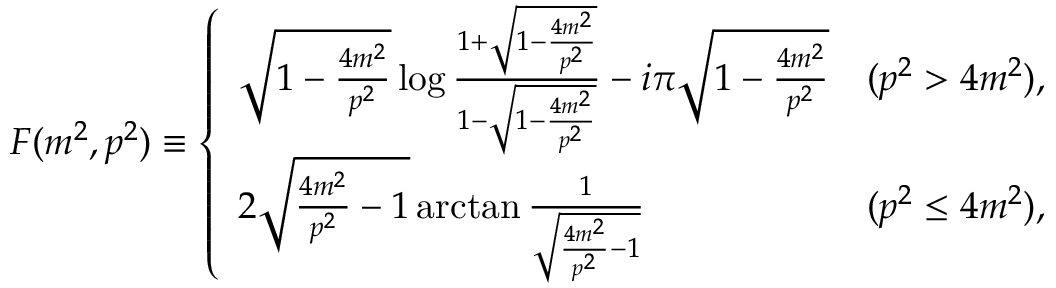
F ( m ^ { 2 } , p ^ { 2 } ) \equiv \left\{ \begin{array} { l c } { { \sqrt { 1 - \frac { 4 m ^ { 2 } } { p ^ { 2 } } } \log \frac { 1 + \sqrt { 1 - \frac { 4 m ^ { 2 } } { p ^ { 2 } } } } { 1 - \sqrt { 1 - \frac { 4 m ^ { 2 } } { p ^ { 2 } } } } - i \pi \sqrt { 1 - \frac { 4 m ^ { 2 } } { p ^ { 2 } } } } } & { { ( p ^ { 2 } > 4 m ^ { 2 } ) , } } \\ { { 2 \sqrt { \frac { 4 m ^ { 2 } } { p ^ { 2 } } - 1 } \arctan \frac { 1 } { \sqrt { \frac { 4 m ^ { 2 } } { p ^ { 2 } } - 1 } } } } & { { ( p ^ { 2 } \leq 4 m ^ { 2 } ) , } } \end{array} \right.